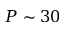
P \sim 3 0